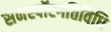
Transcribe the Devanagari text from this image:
सनस्पॉटगतिविधि